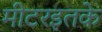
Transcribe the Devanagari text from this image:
मीटरइतके